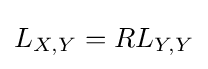
L_{X,Y}=RL_{Y,Y}